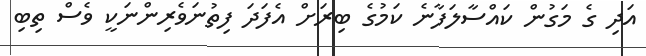
އަދި ގެ މަގުން ކައްސާލަފާނެ ކަމުގެ ބިރަށް އެފަދަ ފިތުނަވެރިންނަކީ ވެސް ތިބި